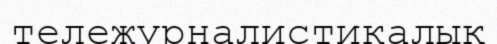
тележурналистикалық